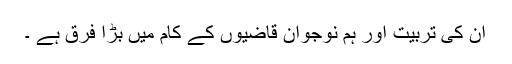
ان کی تربیت اور ہم نوجوان قاضیوں کے کام میں بڑا فرق ہے ۔